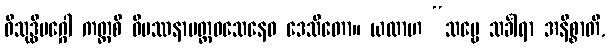
ဝိသုဒ္ဓိမဂ္ဂေါ ကတ္ထစိ ဝိပဿနာမတ္တဝသေနေဝ ဒေသိတော။ ယထာဟ “သဗ္ဗေ သင်္ခါရာ အနိစ္စာတိ,